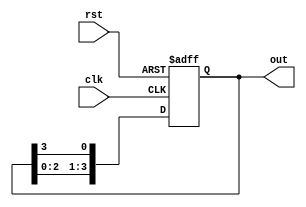
module ring_counter (
  input clk,
  input rst,
  output reg [3:0] out
);

always @ (posedge clk or posedge rst) begin
  if (rst) begin
    out <= 4'b0001; // Initial state
  end else begin
    out <= {out[2:0], out[3]}; //Shift the output left
  end
end

endmodule